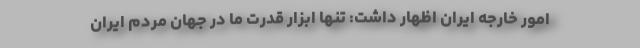
امور خارجه ایران اظهار داشت: تنها ابزار قدرت ما در جهان مردم ایران